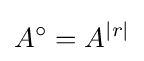
A^{\circ }=A^{|r|}